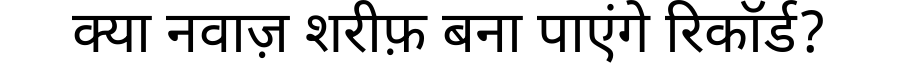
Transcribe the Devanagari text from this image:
क्या नवाज़ शरीफ़ बना पाएंगे रिकॉर्ड?